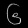
Digit: ၆